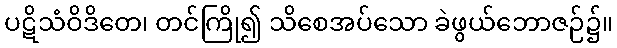
ပဋိသံဝိဒိတေ၊ တင်ကြို၍ သိစေအပ်သော ခဲဖွယ်ဘောဇဉ်၌။